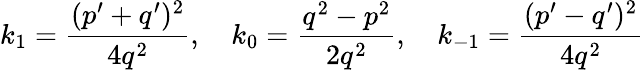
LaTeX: k_{1}=\frac{(p^{\prime}+q^{\prime})^{2}}{4q^{2}},\quad k_{0}=\frac{q^{2}-p^{2}}{2q^{2}},\quad k_{-1}=\frac{(p^{\prime}-q^{\prime})^{2}}{4q^{2}}